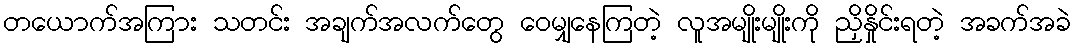
တယောက်အကြား သတင်း အချက်အလက်တွေ ဝေမျှနေကြတဲ့ လူအမျိုးမျိုးကို ညှိနှိုင်းရတဲ့ အခက်အခဲ